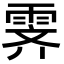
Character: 霁